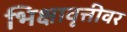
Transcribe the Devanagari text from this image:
भिक्षावृत्तीवर